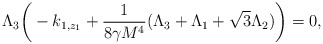
\begin{align*}\Lambda_3\bigg(-k_{1,z_1}+\frac{1}{8\gamma M^4}(\Lambda_3+\Lambda_1+\sqrt{3}\Lambda_2)\bigg)=0,\end{align*}